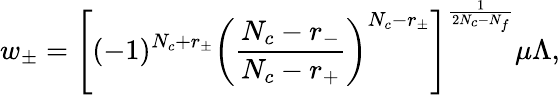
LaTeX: w_{\pm}=\left[(-1)^{N_{c}+r_{\pm}}\left(\frac{N_{c}-r_{-}}{N_{c}-r_{+}}\right)^{N_{c}-r_{\pm}}\right]^{\frac{1}{2N_{c}-N_{f}}}\mu\Lambda,